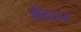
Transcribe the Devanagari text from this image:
मैंदान